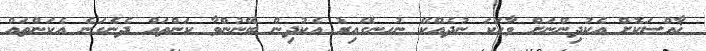
ޚާއްސަކޮށް އެކުދިންނަށް ވާހަކަ ނުދެއްކޭ ނުހނގޭއިރު އެކުދިން ބޭނުންވާ ކަންތައް ދެނެގަނެ އެކަންތައް